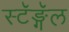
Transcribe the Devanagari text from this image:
स्टॅङ्गॅल